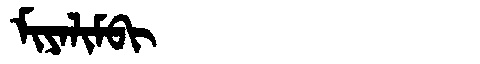
Manchu: ᠮᡳᠶᠠᠯᡳᠮᠪᡳ
Romanization: MIYALIMBI